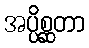
အပ္ပိစ္ဆတာ